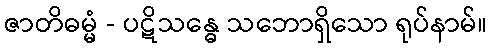
ဇာတိဓမ္မံ - ပဋိသန္ဓေ သဘောရှိသော ရုပ်နာမ်။